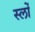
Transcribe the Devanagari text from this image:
स्लोँ